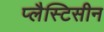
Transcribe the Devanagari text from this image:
प्लैस्टिसीन